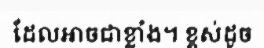
ដែលអាចជាខ្លាំង។ ខ្ពស់ដូច